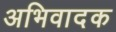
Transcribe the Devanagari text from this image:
अभिवादक